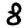
Digit: 8